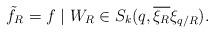
LaTeX: \begin{align*}\tilde{f}_R = f\mid W_R\in S_k(q, \overline{\xi_R} \xi_{q/R}). \end{align*}